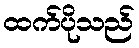
ထက်ပိုသည်